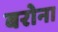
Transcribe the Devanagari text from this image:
बरोना